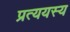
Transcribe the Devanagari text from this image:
प्रत्ययस्य